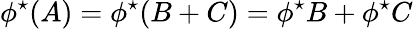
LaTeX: \phi^{\star}(A)=\phi^{\star}(B+C)=\phi^{\star}B+\phi^{\star}C